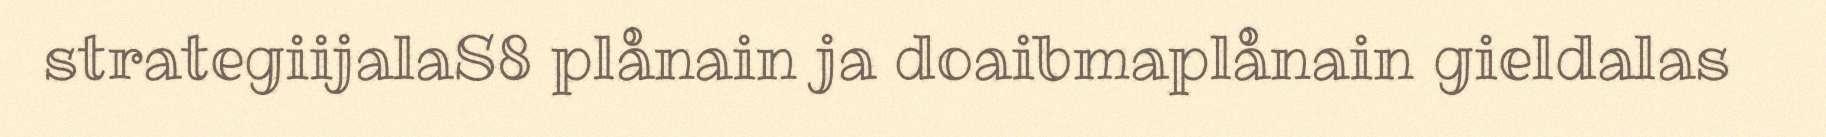
strategiijalaS8 plånain ja doaibmaplånain gieldalas